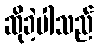
ဆိုခဲ့ပါသည်